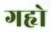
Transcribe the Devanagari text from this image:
गहृो